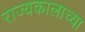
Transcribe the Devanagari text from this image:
राज्यकालाच्या